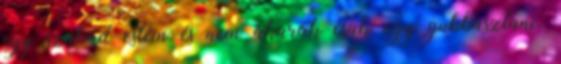
egy szabad estém és nem akarok csak úgy gubbasztani.